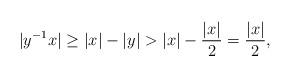
LaTeX: \begin{align*}|y^{-1}x|\geq |x|-|y|>|x|-\frac{|x|}{2}=\frac{|x|}{2},\end{align*}